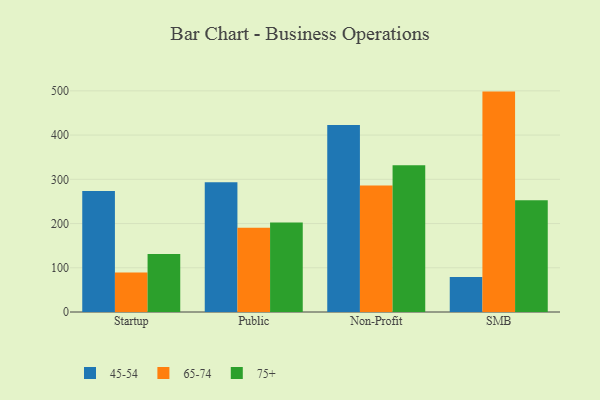
{"axis": {"x": "Segment", "y": "Website Visitors"}, "legend": ["45-54", "65-74", "75+"], "data": [{"x": "Startup", "y": 273.6, "type": "45-54"}, {"x": "Startup", "y": 89.1, "type": "65-74"}, {"x": "Startup", "y": 131.2, "type": "75+"}, {"x": "Public", "y": 293.5, "type": "45-54"}, {"x": "Public", "y": 190.6, "type": "65-74"}, {"x": "Public", "y": 202.3, "type": "75+"}, {"x": "Non-Profit", "y": 422.7, "type": "45-54"}, {"x": "Non-Profit", "y": 285.8, "type": "65-74"}, {"x": "Non-Profit", "y": 331.6, "type": "75+"}, {"x": "SMB", "y": 78.9, "type": "45-54"}, {"x": "SMB", "y": 498.3, "type": "65-74"}, {"x": "SMB", "y": 252.9, "type": "75+"}]}